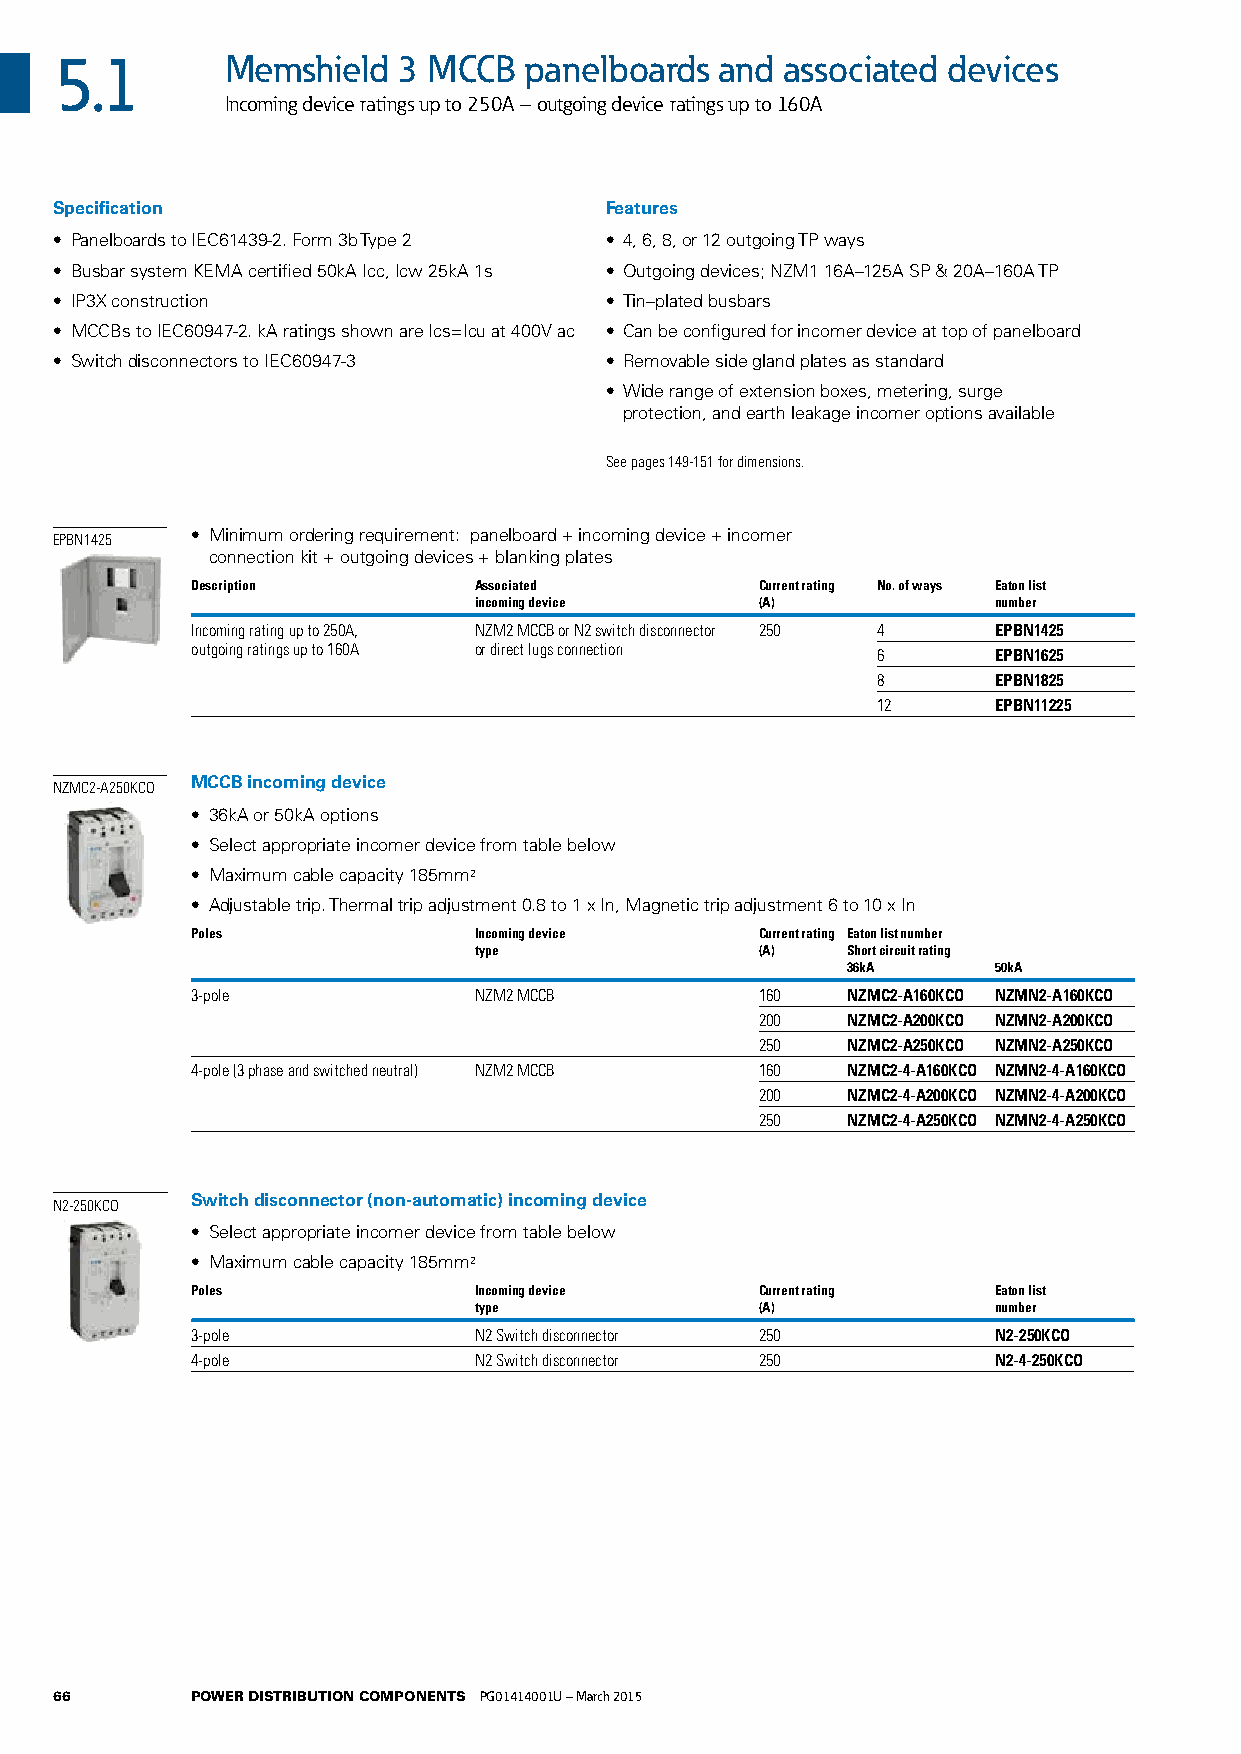
5.1        Memshield  3 MCCB   panelboards  and associated devices
 Incoming device ratings up to 250A – outgoing device ratings up to 160A
 Specification                       Features
 • Panelboards to IEC61439-2. Form 3b Type 2 • 4, 6, 8, or 12 outgoing TP ways
 • Busbar system KEMA certified 50kA Icc, Icw 25kA 1s • Outgoing devices; NZM1 16A–125A SP & 20A–160A TP
 • IP3X construction                 • Tin–plated busbars
 • MCCBs to IEC60947-2. kA ratings shown are Ics=Icu at 400V ac • Can be configured for incomer device at top of panelboard
 • Switch disconnectors to IEC60947-3 • Removable side gland plates as standard
 • Wide range of extension boxes, metering, surge
 protection, and earth leakage incomer options available
 See pages 149-151 for dimensions.
 EPBN1425 • Minimum ordering requirement: panelboard + incoming device + incomer
 connection kit + outgoing devices + blanking plates
 Description       Associated         Current rating No. of ways Eaton list
 incoming device    (A)             number
 Incoming rating up to 250A, NZM2 MCCB or N2 switch disconnector 250 4 EPBN1425
 outgoing ratings up to 160A or direct lugs connection 6 EPBN1625
 8       EPBN1825
 12      EPBN11225
 MCCB incoming device
 NZMC2-A250KCO
 • 36kA or 50kA options
 • Select appropriate incomer device from table below
 • Maximum cable capacity 185mm2
 • Adjustable trip. Thermal trip adjustment 0.8 to 1 x In, Magnetic trip adjustment 6 to 10 x In
 Poles             Incoming device    Current rating Eaton list number
 type               (A)   Short circuit rating
 36kA      50kA
 3-pole            NZM2 MCCB          160   NZMC2-A160KCO NZMN2-A160KCO
 200   NZMC2-A200KCO NZMN2-A200KCO
 250   NZMC2-A250KCO NZMN2-A250KCO
 4-pole (3 phase and switched neutral) NZM2 MCCB 160 NZMC2-4-A160KCO NZMN2-4-A160KCO
 200   NZMC2-4-A200KCO NZMN2-4-A200KCO
 250   NZMC2-4-A250KCO NZMN2-4-A250KCO
 Switch disconnector (non-automatic) incoming device
 N2-250KCO
 • Select appropriate incomer device from table below
 • Maximum cable capacity 185mm2
 Poles             Incoming device    Current rating  Eaton list
 type               (A)             number
 3-pole            N2 Switch disconnector 250         N2-250KCO
 4-pole            N2 Switch disconnector 250         N2-4-250KCO
 66       POWER DISTRIBUTION COMPONENTS PG01414001U – March 2015